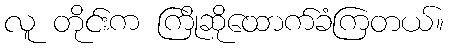
လူ တိုင်းက ကြိုဆိုထောက်ခံကြတယ်။